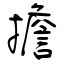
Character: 擔